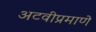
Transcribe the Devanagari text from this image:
अटवीप्रमाणे